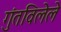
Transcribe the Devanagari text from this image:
गुंतविलेले